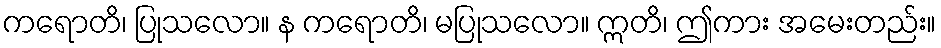
ကရောတိ၊ ပြုသလော။ န ကရောတိ၊ မပြုသလော။ ဣတိ၊ ဤကား အမေးတည်း။